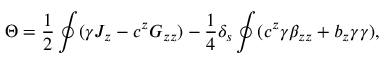
\Theta = { \frac { 1 } { 2 } } \oint ( \gamma { \cal J } _ { z } - c ^ { z } { \cal G } _ { z z } ) - { \frac { 1 } { 4 } } \delta _ { s } \oint ( c ^ { z } \gamma \beta _ { z z } + b _ { z } \gamma \gamma ) ,